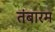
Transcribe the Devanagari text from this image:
तंबारम